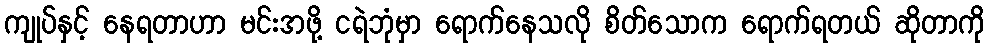
ကျုပ်နှင့် နေရတာဟာ မင်းအဖို့ ငရဲဘုံမှာ ရောက်နေသလို စိတ်သောက ရောက်ရတယ် ဆိုတာကို